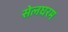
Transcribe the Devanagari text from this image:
सेलघरम